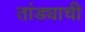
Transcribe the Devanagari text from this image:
तांड्याची